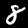
Label: 8